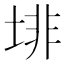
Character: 𱖾